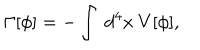
LaTeX: \Gamma [ \phi ] = - \int ~ d ^ { 4 } x ~ V [ \phi ] ,